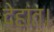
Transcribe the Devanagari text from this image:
देहांत।